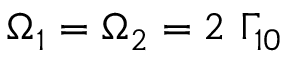
\Omega _ { 1 } = \Omega _ { 2 } = 2 \ \Gamma _ { 1 0 }